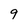
Character: 9